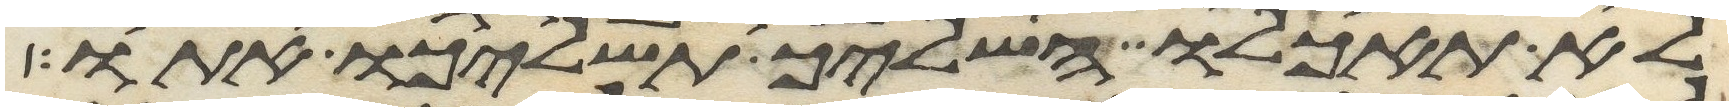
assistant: לא תאכלו השליך תשליכו אתו